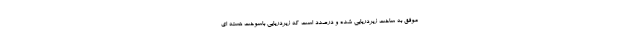
موفق به ساخت زیردریایی شده و درصدد است که زیردریایی باسوخت هسته ای